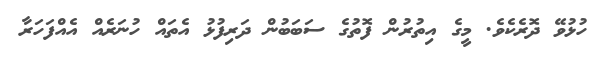
ހުޅުވޭ ދޮރެކެވެ. މީގެ އިތުރުން ފޮތުގެ ސަބަބުން ދަރިފުޅު އެތައް ހުނަރެއް އެއްފަހަރާ